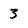
Character: 3